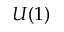
U ( 1 )